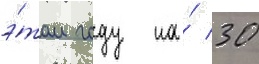
э́том году на́ 30